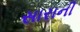
સારાની